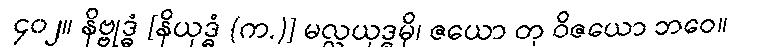
၄၀၂။ နိဗ္ဗုဒ္ဓံ [နိယုဒ္ဓံ (က.)] မလ္လယုဒ္ဓမှိ၊ ဇယော တု ဝိဇယော ဘဝေ။